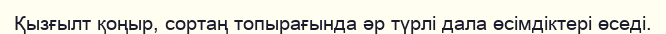
Қызғылт қоңыр, сортаң топырағында әр түрлі дала өсімдіктері өседі.